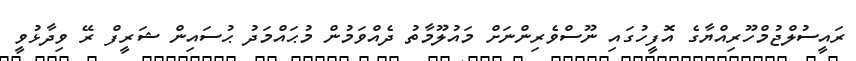
ރައީސުލްޖުމްހޫރިއްޔާގެ އޮފީހުގައި ނޫސްވެރިންނަށް މައުލޫމާތު ދެއްވަމުން މުޙައްމަދު ޙުސައިން ޝަރީފް ރޭ ވިދާޅުވީ